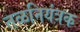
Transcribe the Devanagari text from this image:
तळनियंत्रक